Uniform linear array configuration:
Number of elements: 48
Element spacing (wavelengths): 0.75
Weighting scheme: binomial
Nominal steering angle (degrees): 45
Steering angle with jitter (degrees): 46.734
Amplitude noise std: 0.05
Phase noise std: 0.05

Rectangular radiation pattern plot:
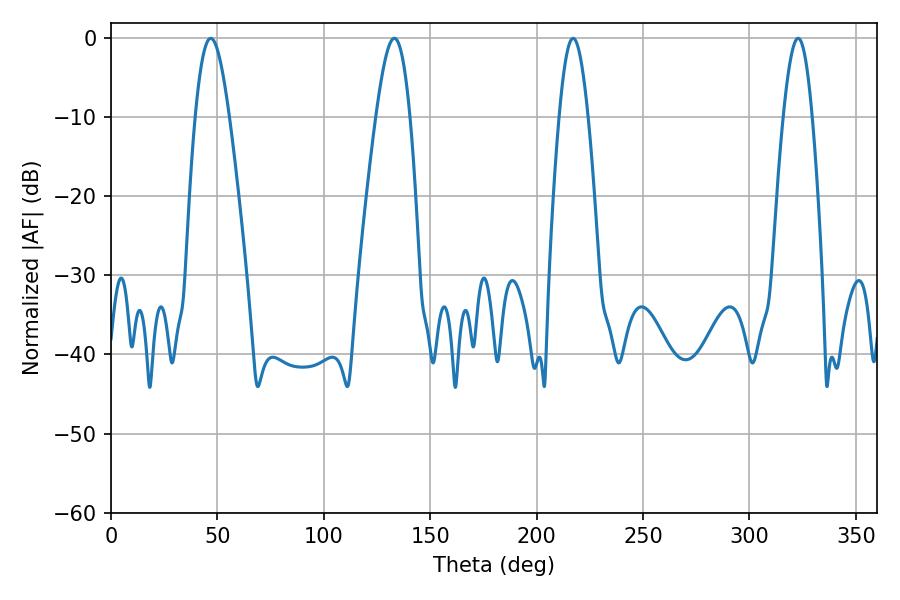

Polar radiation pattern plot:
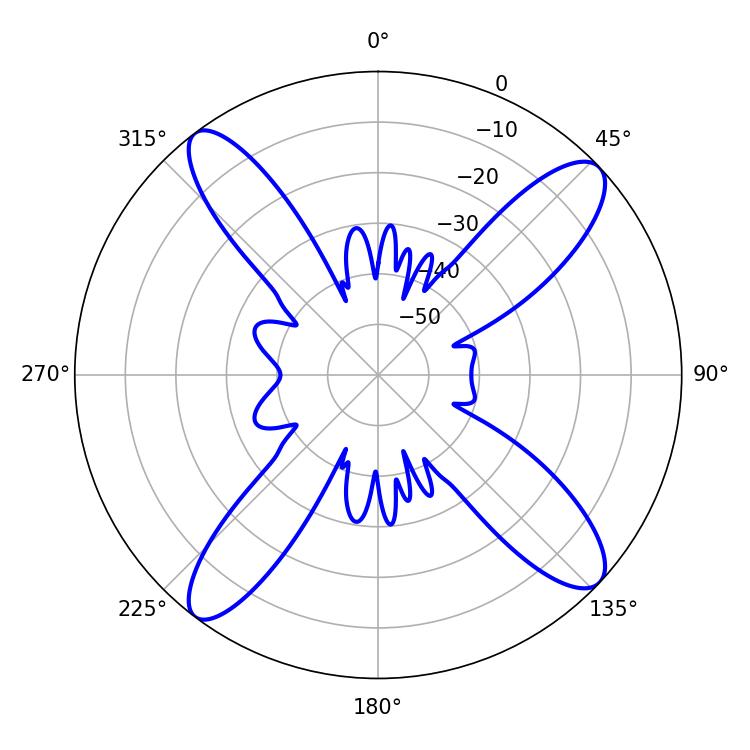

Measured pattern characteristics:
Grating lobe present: TRUE
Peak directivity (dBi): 14.465
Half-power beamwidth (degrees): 8.46
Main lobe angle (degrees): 46.8